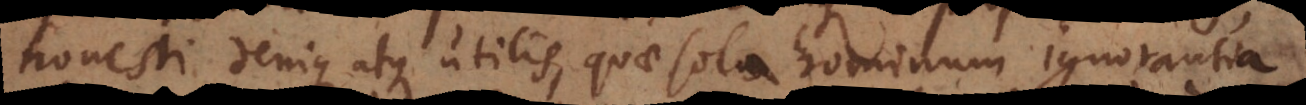
honesti denique atque utilis, quae sola hominum ignorantia